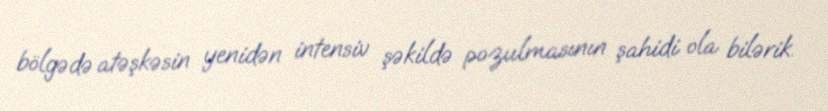
bölgədə atəşkəsin yenidən intensiv şəkildə pozulmasının şahidi ola bilərik.